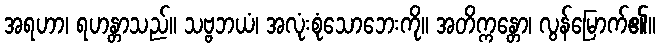
အရဟာ၊ ရဟန္တာသည်။ သဗ္ဗဘယံ၊ အလုံးစုံသောဘေးကို။ အတိက္ကန္တော၊ လွန်မြောက်၏။